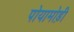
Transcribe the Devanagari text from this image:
पोयामोड़ी